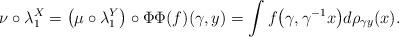
LaTeX: \begin{gather*}\nu\circ\lambda_1^X=\big(\mu\circ\lambda_1^Y\big)\circ \Phi\Phi(f)(\gamma, y)=\int f\big(\gamma,\gamma^{-1}x\big)d\rho_{\gamma y}(x).\end{gather*}